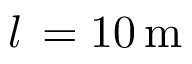
l \, = 1 0 \, \mathrm { m }